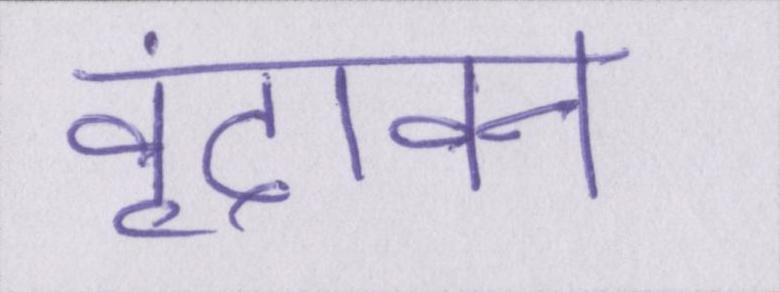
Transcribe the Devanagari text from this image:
वृंदावन